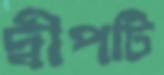
দ্বীপটি